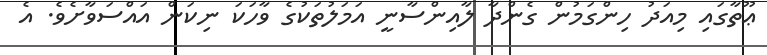
ޢޫތާގައި މިއަދު ހިންގަމުން ގެންދާ ލާއިންސާނީ އަމަލުތަކުގެ ވާހަކަ ނިކަން އައްސަވާށެވެ. އެ